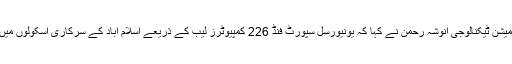
تقریب سے خطاب کرتے ہوئے وزیر مملکت انفارمیشن ٹیکنالوجی انوشہ رحمن نے کہا کہ یونیورسل سپورٹ فنڈ 226 کمپیوٹرز لیب کے ذریعے اسلام آباد کے سرکاری اسکولوں میں طالبات کو آئی سی ٹی کی تربیت فراہم کررہا ہے۔